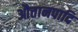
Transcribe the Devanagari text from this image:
औत्तानपादि